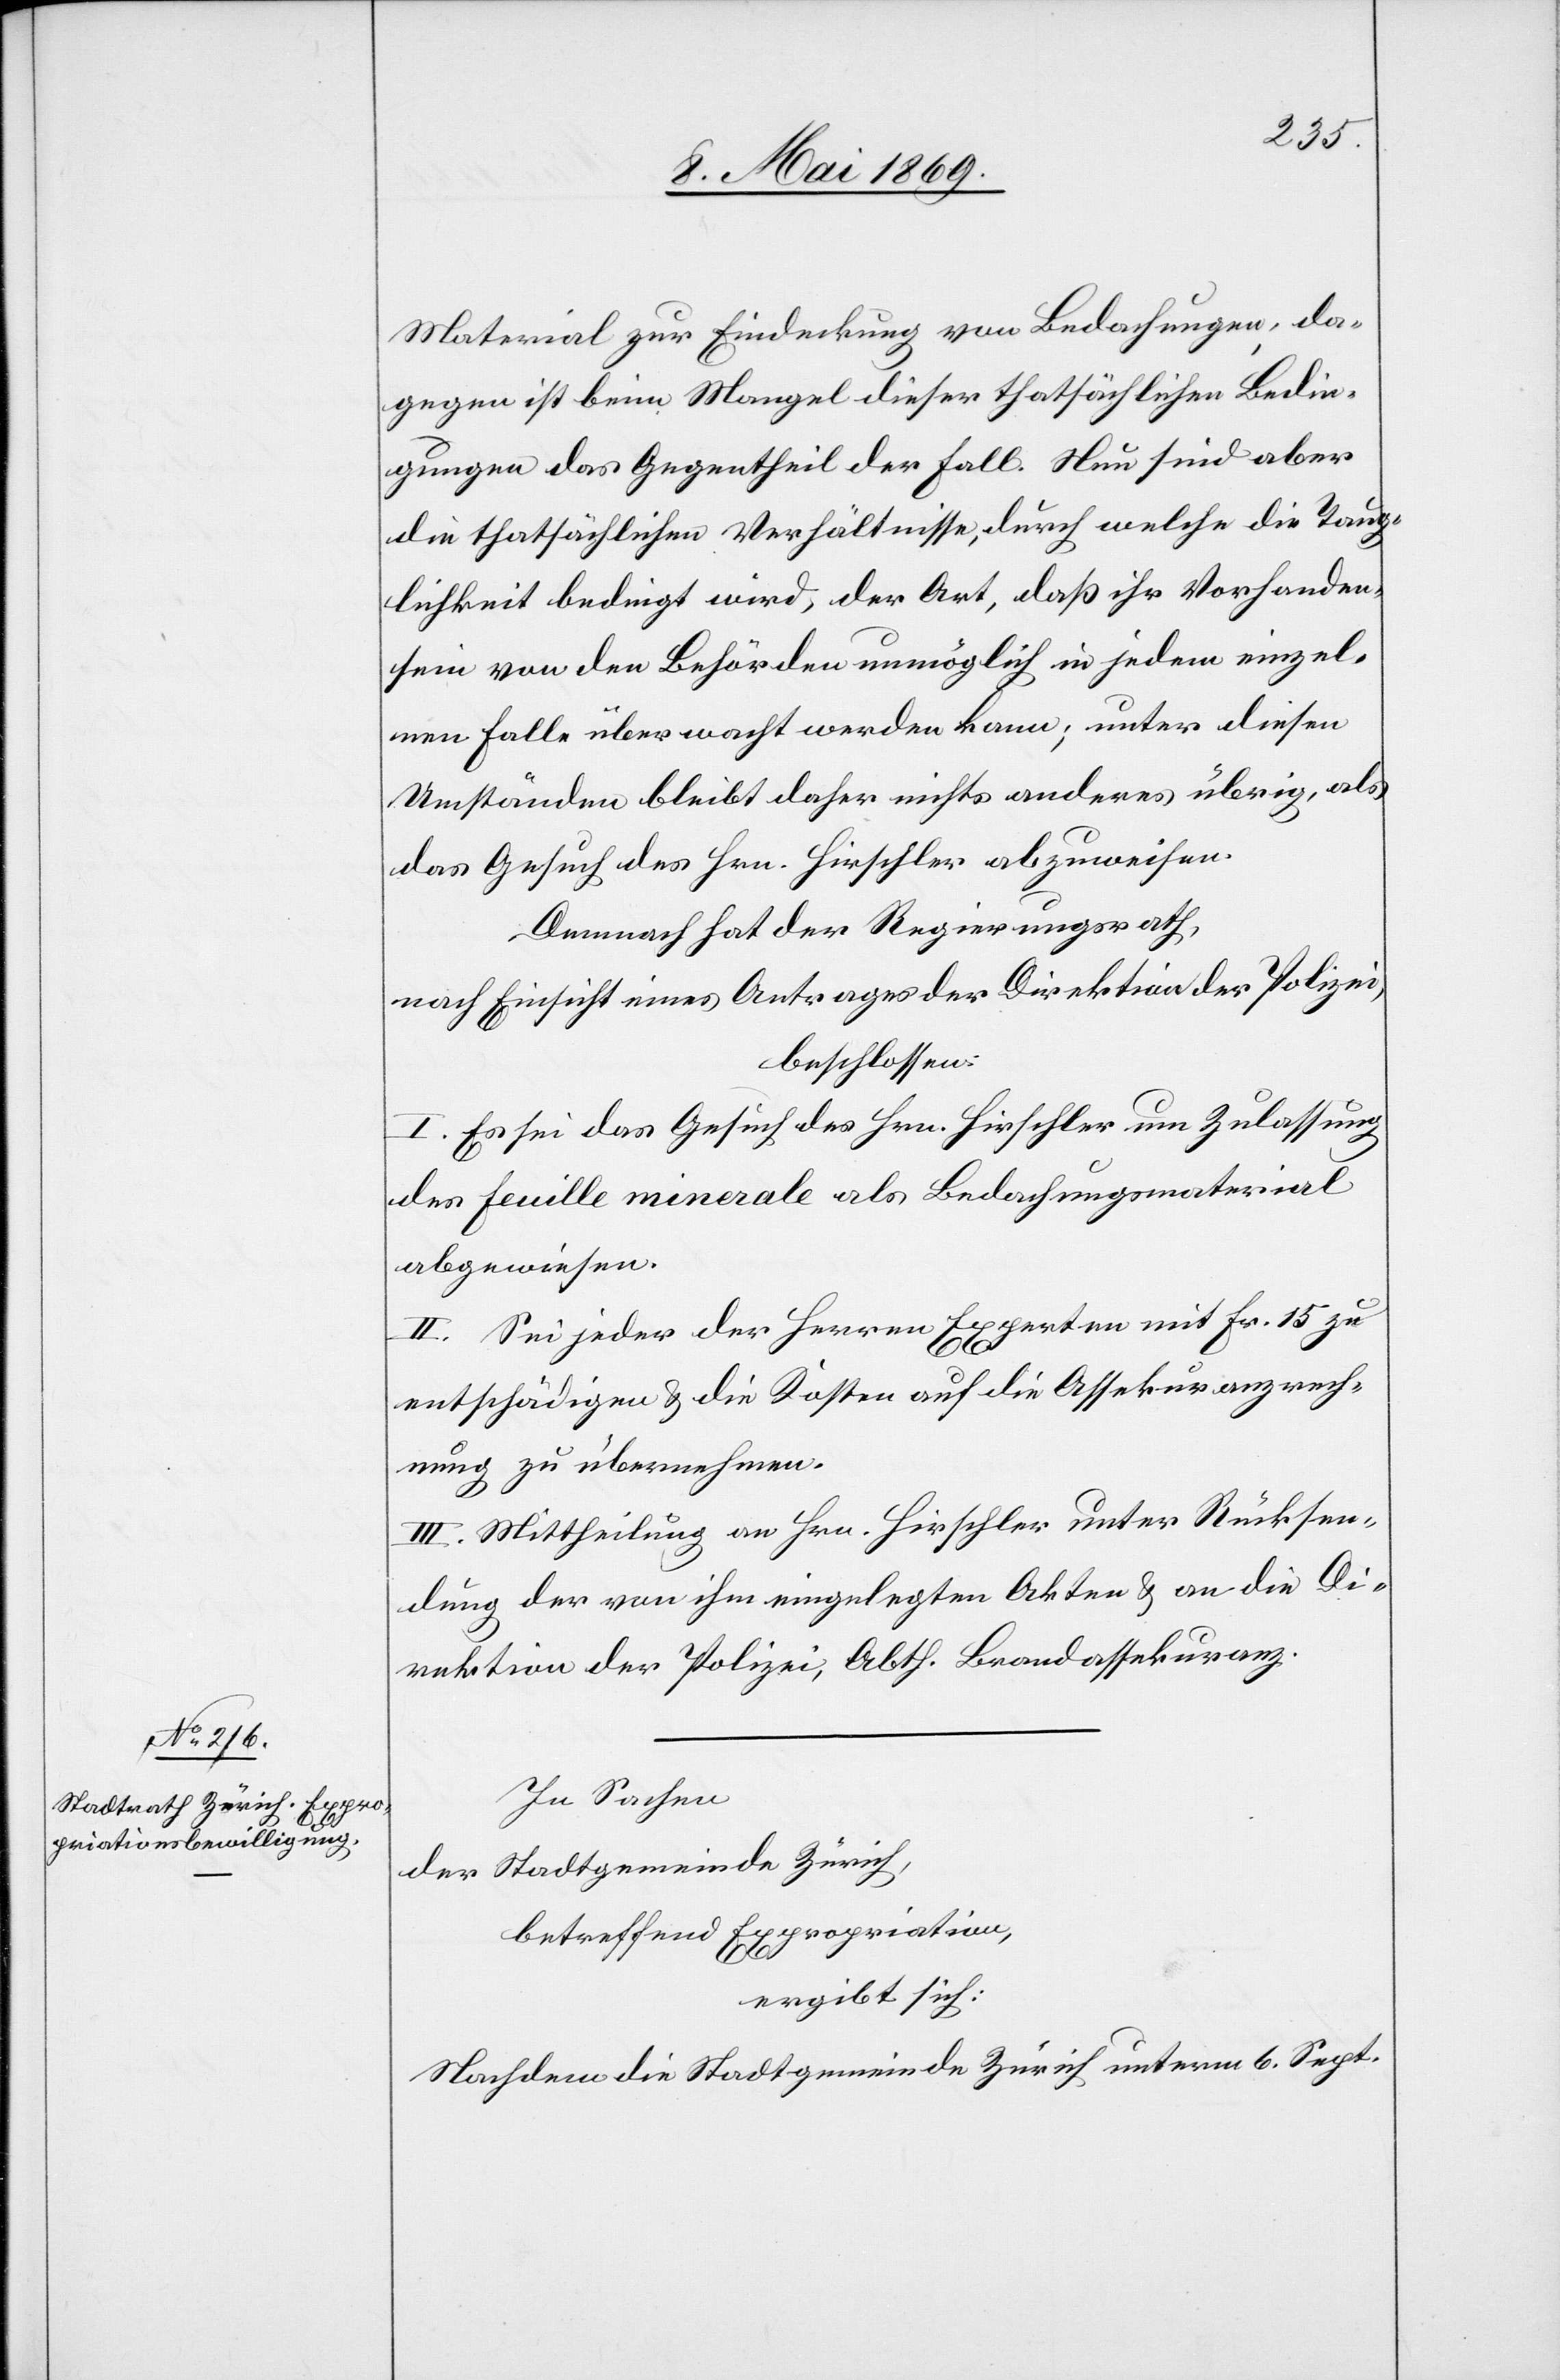
Material zur Eindeckung von Bedachungen, da¬
gegen ist beim Mangel dieser thatsächlichen Bedin¬
gungen das Gegentheil der Fall. Nun sind aber
die thatsächlichen Verhältnisse, durch welche die Taug¬
lichkeit bedingt wird, der Art, daß ihr Vorhanden¬
sein von den Behörden unmöglich in jedem einzel¬
nen Falle überwacht werden kann; unter diesen
Umständen bleibt daher nichts anderes übrig, als
das Gesuch des Hrn. Hirschler abzuweisen.
Demnach hat der Regierungsrath,
nach Einsicht eines Antrages der Direktion der Polizei,
beschlossen:
I. Es sei das Gesuch des Hrn. Hirschler um Zulassung
des feuille minerale als Bedachungsmaterial
abgewiesen.
II. Sei jeder der Herren Experten mit Fr. 15 zu
entschädigen u. die Kosten auf die Assekuranzrech¬
nung zu übernehmen.
III. Mittheilung an Hrn. Hirschler unter Rücksen¬
dung der von ihm eingelegten Akten u. an die Di¬
rektion der Polizei, Abth. Brandassekuranz.
In Sachen
Stadtgemeinde Zürich,
der
betreffend Expropriation,
ergibt sich:
Nachdem die Stadtgemeinde Zürich unterm 6. Sept.